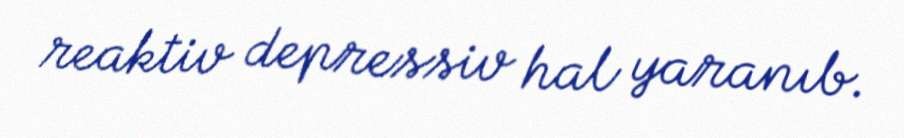
reaktiv depressiv hal yaranıb.